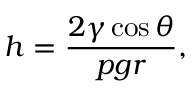
h = \frac { 2 \gamma \cos { \theta } } { p g r } ,